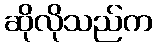
ဆိုလိုသည်က